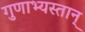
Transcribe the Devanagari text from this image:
गुणाभ्यस्तान्